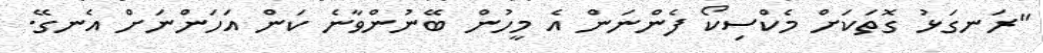
"ރަނގަޅު ގޮތަކަށް މެކްސިކޯ ފެންނަން އެ މީހުން ބޭނުންވާނެ ކަން އަހަންނަށް އެނގޭ.